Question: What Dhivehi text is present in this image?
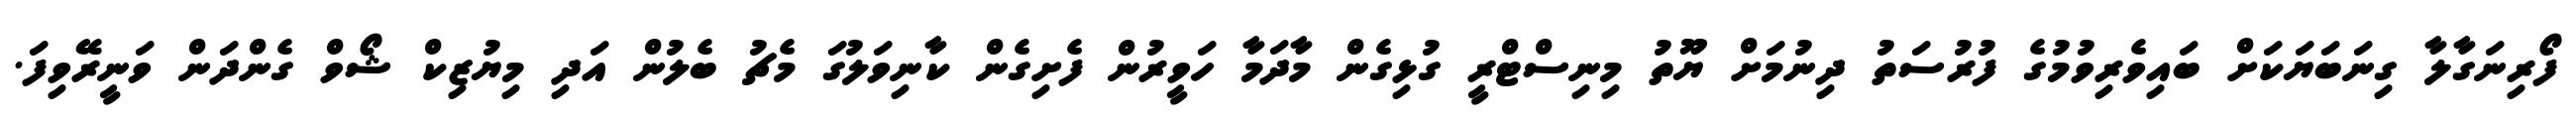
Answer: ފޯރިނަގާލާ ގިނަބަޔަކަށް ބައިވެރިވުމުގެ ފުރުސަތު ދިނުމަށް ޔޫތު މިނިސްޓްރީ ގުޅިގެން މާދަމާ ހަވީރުން ފެށިގެން ކާނިވަލުގަ މެޗު ބެލުން އަދި މިޔުޒިކް ޝޯވް ގެންދަން ވަނީރޭވިފަ.